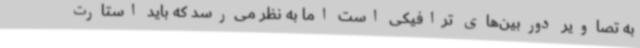
به تصاویر دوربین‌های ترافیکی است اما به نظر می‌رسد که باید استارت